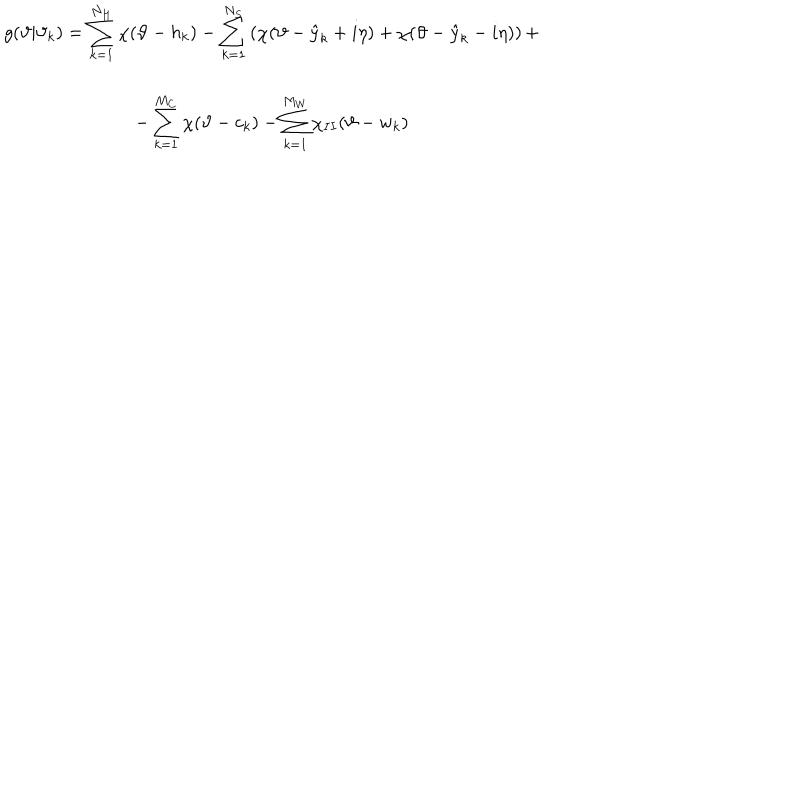
LaTeX: \begin{array} { c } { { g ( \vartheta | \vartheta _ { k } ) = \displaystyle \sum _ { k = 1 } ^ { N _ { H } } \chi ( \vartheta - h _ { k } ) - \displaystyle \sum _ { k = 1 } ^ { N _ { S } } \left( \chi ( \vartheta - \hat { y } _ { k } + i \eta ) + \chi ( \vartheta - \hat { y } _ { k } - i \eta ) \right) + } } \\ { { - \displaystyle \sum _ { k = 1 } ^ { M _ { C } } \chi ( \vartheta - c _ { k } ) - \displaystyle \sum _ { k = 1 } ^ { M _ { W } } \chi _ { I I } ( \vartheta - w _ { k } ) } } \\ \end{array}